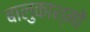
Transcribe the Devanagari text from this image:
बालुकाश्मों